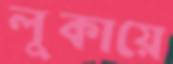
লুকায়ে